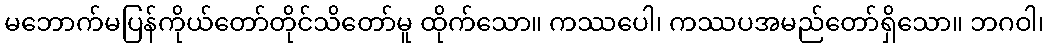
မဘောက်မပြန်ကိုယ်တော်တိုင်သိတော်မူ ထိုက်သော။ ကဿပေါ၊ ကဿပအမည်တော်ရှိသော။ ဘဂဝါ၊